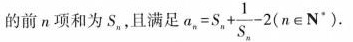
的前n项和为sn，且满足a_{n}=S_{n}+ \frac{1}{S_{n}}-2(n \in N^{*})